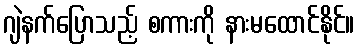
ဂျဲနက်ပြောသည့် စကားကို နားမထောင်နိုင်။